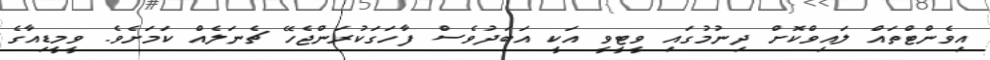
އިވެންޓްތައް ލައިވްކޮށް ދިނުމުގައި ވީޓީވީ އަކީ އަބަދުވެސް ފާހަގަކުރަންޖެހޭ ޗެނަލެއް ކަމަށެވެ. ވީމީޑިއާގެ